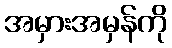
အမှားအမှန်ကို